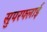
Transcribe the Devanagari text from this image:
सुपरफ्लाई